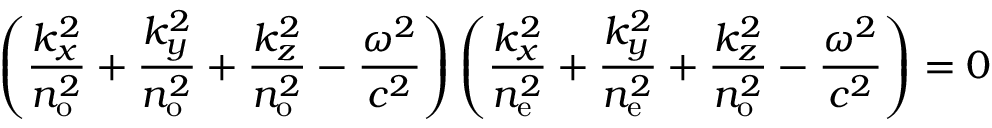
\left( { \frac { k _ { x } ^ { 2 } } { n _ { \mathrm { o } } ^ { 2 } } } + { \frac { k _ { y } ^ { 2 } } { n _ { \mathrm { o } } ^ { 2 } } } + { \frac { k _ { z } ^ { 2 } } { n _ { \mathrm { o } } ^ { 2 } } } - { \frac { \omega ^ { 2 } } { c ^ { 2 } } } \right) \left( { \frac { k _ { x } ^ { 2 } } { n _ { \mathrm { e } } ^ { 2 } } } + { \frac { k _ { y } ^ { 2 } } { n _ { \mathrm { e } } ^ { 2 } } } + { \frac { k _ { z } ^ { 2 } } { n _ { \mathrm { o } } ^ { 2 } } } - { \frac { \omega ^ { 2 } } { c ^ { 2 } } } \right) = 0